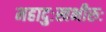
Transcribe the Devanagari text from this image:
महादुःखभीरुः